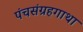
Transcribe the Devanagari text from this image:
पंचसंग्रहगाथा